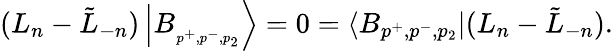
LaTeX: (L_{n}-\tilde{L}_{-n})\left|B_{_{p^{+},p^{-},p_{2}}}\right\rangle=0=\left\langle B_{p^{+},p^{-},p_{2}}\right|(L_{n}-\tilde{L}_{-n}).